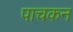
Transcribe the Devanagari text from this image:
पाचकन